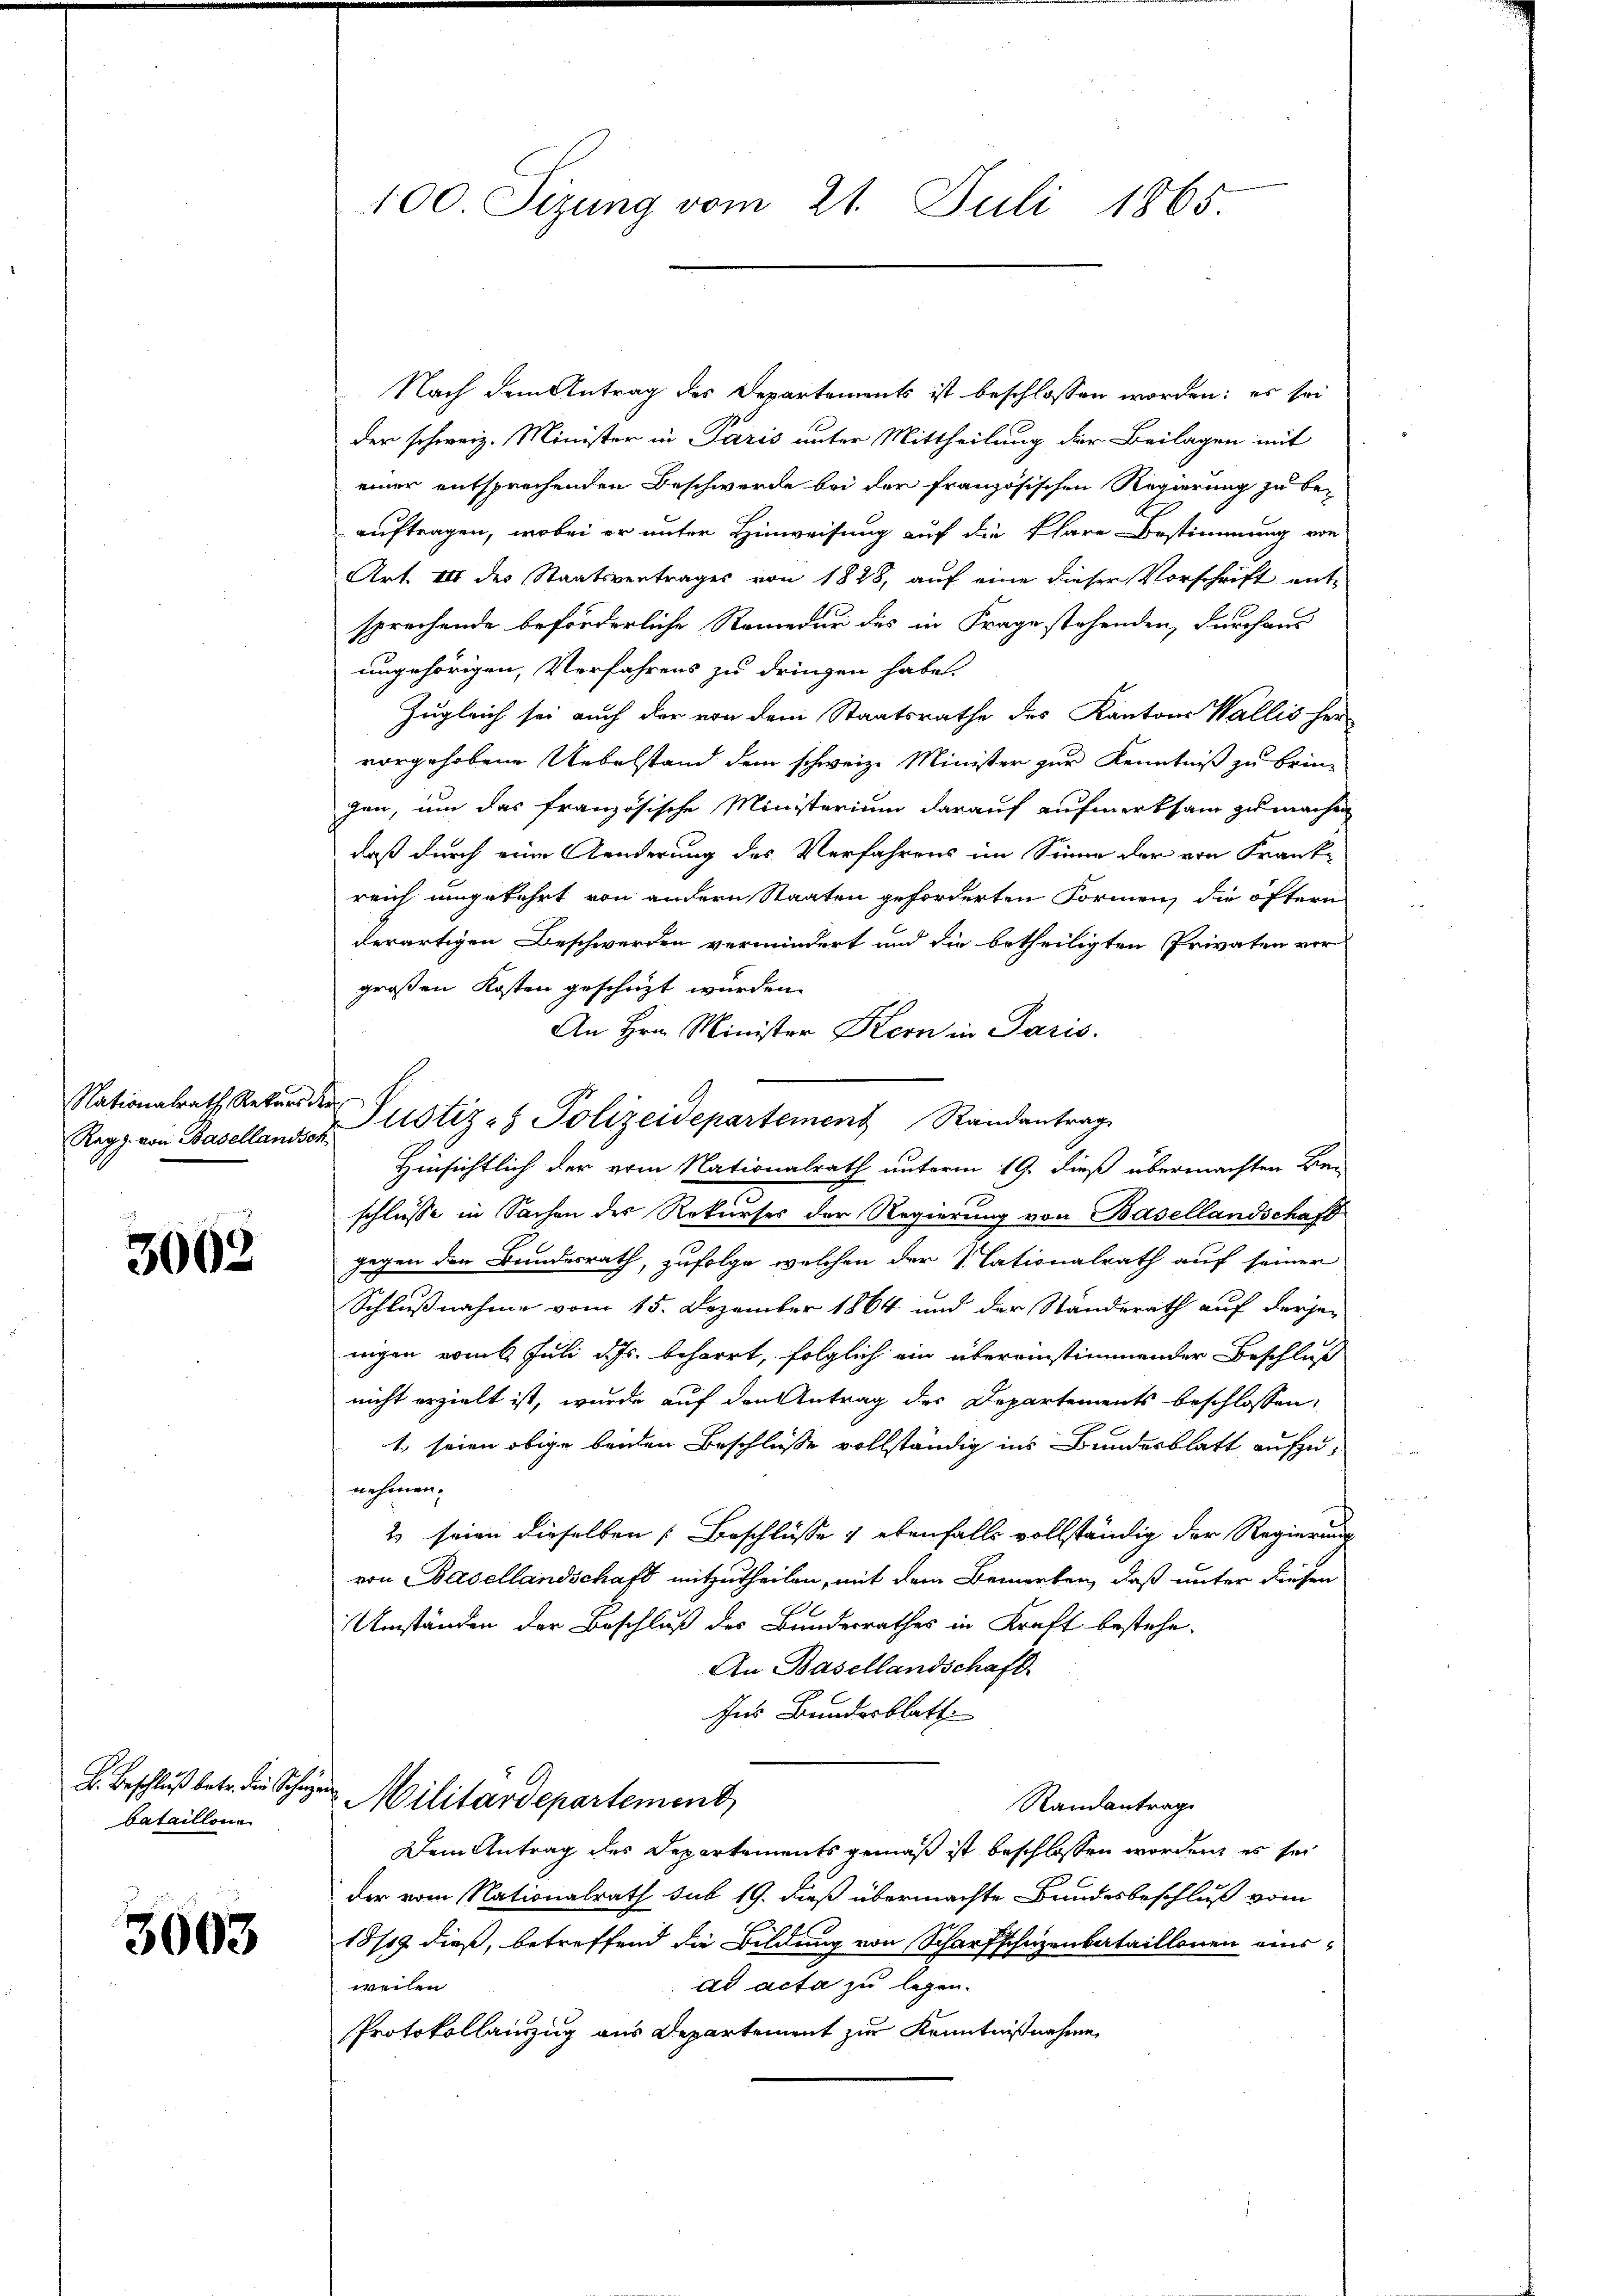
Nationalrath Rekurs de

3002

H. Beschluß betr. die Schanz
bataillon

3003

100. Sizung vom 21. Juli 1865.

Regg von Basellander Justiz & Polizeidepartement Randantrag

Nach dem Antrag des Departements ist beschlossen worden; es sei
der schweiz. Minister in Paris unter Mittheilung der Beilagen mit
einer entsprechenden Beschwerde bei der französischen Regierung zu be-
auftragen, wobei er unter Hinweisung auf die klare Bestimmung von
Art. III des Staatsvertrages von 1828, auf eine dieser Vorschrift ent-
sprechende beförderliche Remedur des in Frage stehenden, durchaus
ungehörigen, Verfahrens zu dringen habe.
Zugleich sei auch der von dem Staatsrathe des Kantons Wallis her
vorgehobene Uebelstand dem schweiz. Minister zur Kenntniß zu bringen, um das französische Ministerium darauf aufmerksam zu machen
daß durch eine Aenderung des Verfahrens im Sinne der von Frank-
reich umgekehrt von andern Staaten geforderten Formen, die öftern
derartigen Beschwerden vermindert und die betheiligten Privaten vor
großen Kosten geschüzt wurden.
An Hrn. Minister Kern in Paris.
Hinsichtlich der vom Nationalrath unterm 19. dieß übermachten Be-
schlüsse in Sachen der Rekurses der Regierung von Basellandschaft
gegen den Bundesrath, zufolge welchen der 1 Tationalrath auf seiner
Schlußnahme vom 15. Dezember 1864 und der Standerath auf derjen
nigen vom 6. Juli d. Js. beharrt, folglich ein übereinstimmender Beschluß
nicht erzielt ist, wurde auf den Antrag des Departements beschlossen,
1. seien obige beiden Beschlüsse vollständig ins Bundesblatt aufzunehmen.
u
2 seien dieselben Beschlüsse 1 ebenfalls vollständig der Regierung
von Basellandschaft mitzutheilen, mit dem Bemerken, daß unter diesen
Umständen der Beschluß des Bundesrathes in Kraft bestehe.
An Basellandschaft
Ins Bundesblatt
uch
Militärdepartement
Randantrage
Dem Antrag des Departements gemäß ist beschlossen worden, es sei
der vom Nationalrath sub 19. dieß übermachte Bundesbeschluß vom
1819 dieß, betreffend die Bildung von Scharfschuzenbataillonen einsad acta zu legen.
weilen
Protokollauszug aus Departement zur Kenntnißnahme